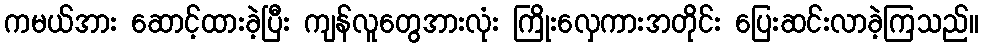
ကမယ်အား ဆောင့်ထားခဲ့ပြီး ကျန်လူတွေအားလုံး ကြိုးလှေကားအတိုင်း ပြေးဆင်းလာခဲ့ကြသည်။